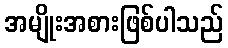
အမျိုးအစားဖြစ်ပါသည်